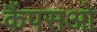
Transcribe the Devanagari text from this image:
कैंपसओ